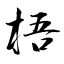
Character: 梧